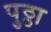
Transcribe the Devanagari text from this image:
पुठ्ठा